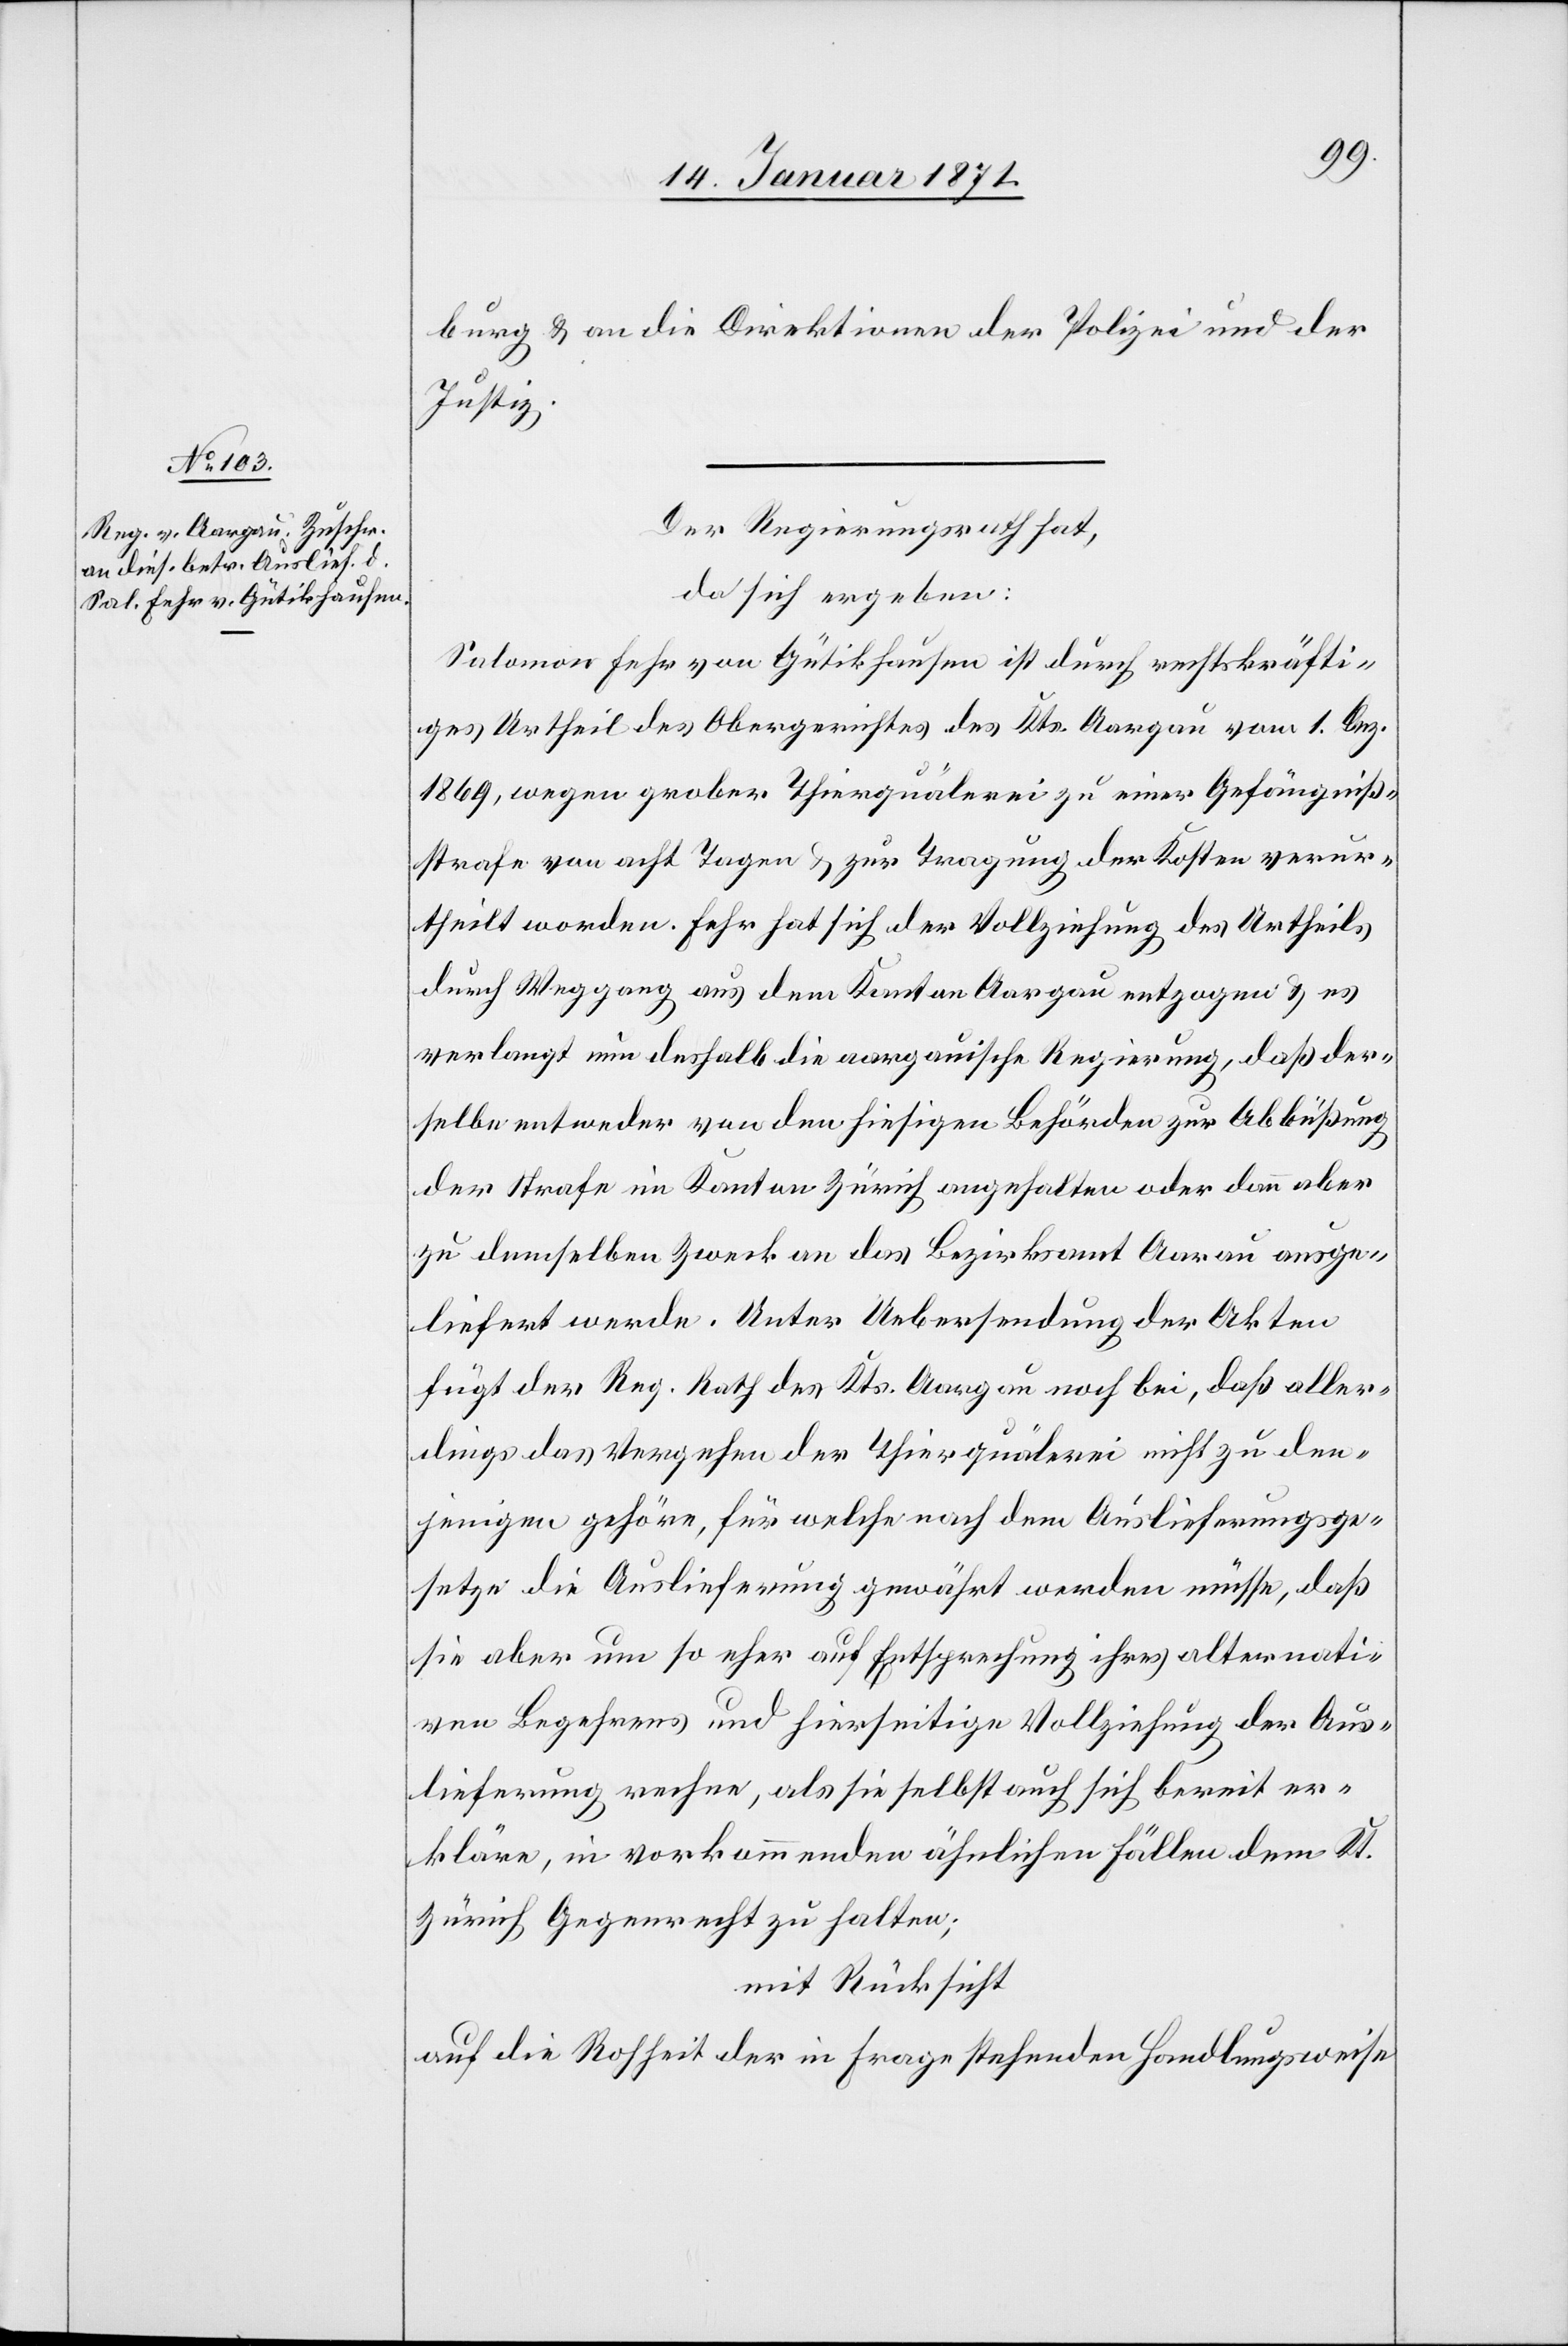
17. Januar 1871]
burg u. an die Direktion der Polizei und der
Justiz.
Der Regierungsrath hat,
da sich ergeben:
Salomon Fehr von Gütikhausen ist durch rechtskräfti¬
ges Urtheil des Obergerichtes des Kts. Aargau vom 1. Dez.
1869, wegen grober Thierquälerei zu einer Gefängniß¬
strafe von acht Tagen u. zur Tragung der Kosten verur¬
theilt worden. Fehr hat sich der Vollziehung des Urtheils
durch Weggang aus dem Kanton Aargau entzogen u. es
verlangt nun deshalb die aargauische Regierung, daß der¬
selbe entweder von den hiesigen Behörden zur Abbüßung
der Strafe im Kanton Zürich angehalten oder dann aber
zu demselben Zweck an das Bezirksamt Aarau ausge¬
liefert werde. Unter Uebersendung der Akten
fügt der Reg. Rath des Kts. Aargau noch bei, daß aller¬
dings das Vergehen der Thierquälerei nicht zu den¬
jenigen gehöre, für welche nach dem Auslieferungsge¬
setzte die Auslieferung gewährt werden müsse, daß
sie aber um so eher auf Entsprechung ihres alternati¬
ven Begehrens und hierseitige Vollziehung der Aus¬
lieferung rechne, als sie selbst auch sich bereit er¬
kläre, in vorkommenden ähnlichen Fällen dem Kt.
Zürich Gegenrecht zu halten:
mit Rücksicht
auf die Rohheit der in Frage stehender Handlungsweise